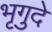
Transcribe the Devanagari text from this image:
भृगुदे